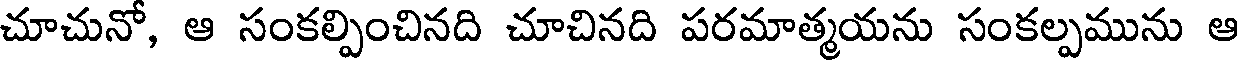
చూచునో, ఆ సంకల్పించినది చూచినది పరమాత్మయను సంకల్పమును ఆ